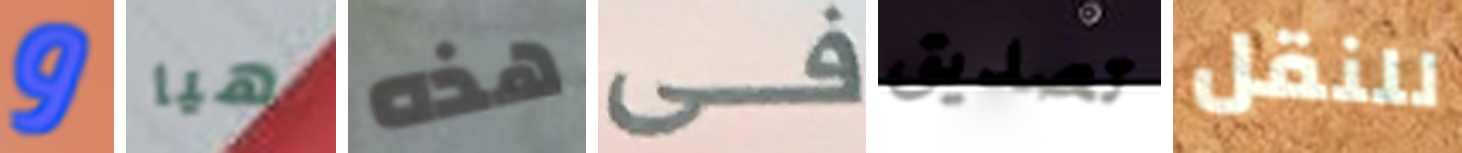
و هيا هذه فى تصديق للنقل